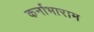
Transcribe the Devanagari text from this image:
कर्नाभाराम